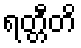
ရတ္တီတိ